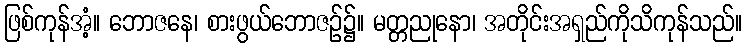
ဖြစ်ကုန်အံ့။ ဘောဇနေ၊ စားဖွယ်ဘောဇဉ်၌။ မတ္တညုနော၊ အတိုင်းအရှည်ကိုသိကုန်သည်။